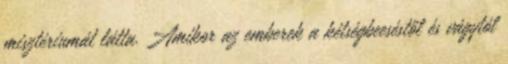
misztériumát látta. Amikor az emberek a kétségbeeséstől és vágytól